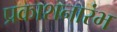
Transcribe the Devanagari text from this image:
प्रकाशनारंभ